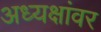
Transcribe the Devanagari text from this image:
अध्यक्षांवर